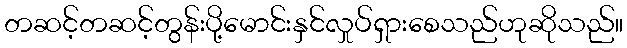
တဆင့်တဆင့်တွန်းပို့မောင်းနှင်လှုပ်ရှားစေသည်ဟုဆိုသည်။